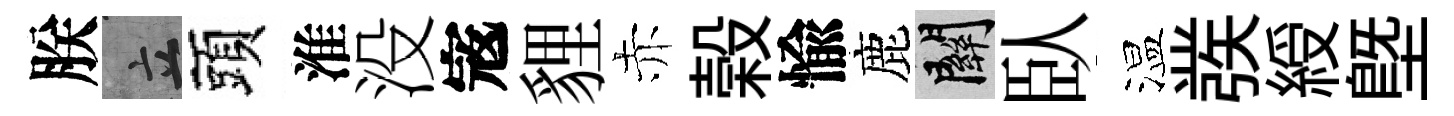
朕立頭淮没𡨥貍赤榖愉鹿關臥温彂綬塈